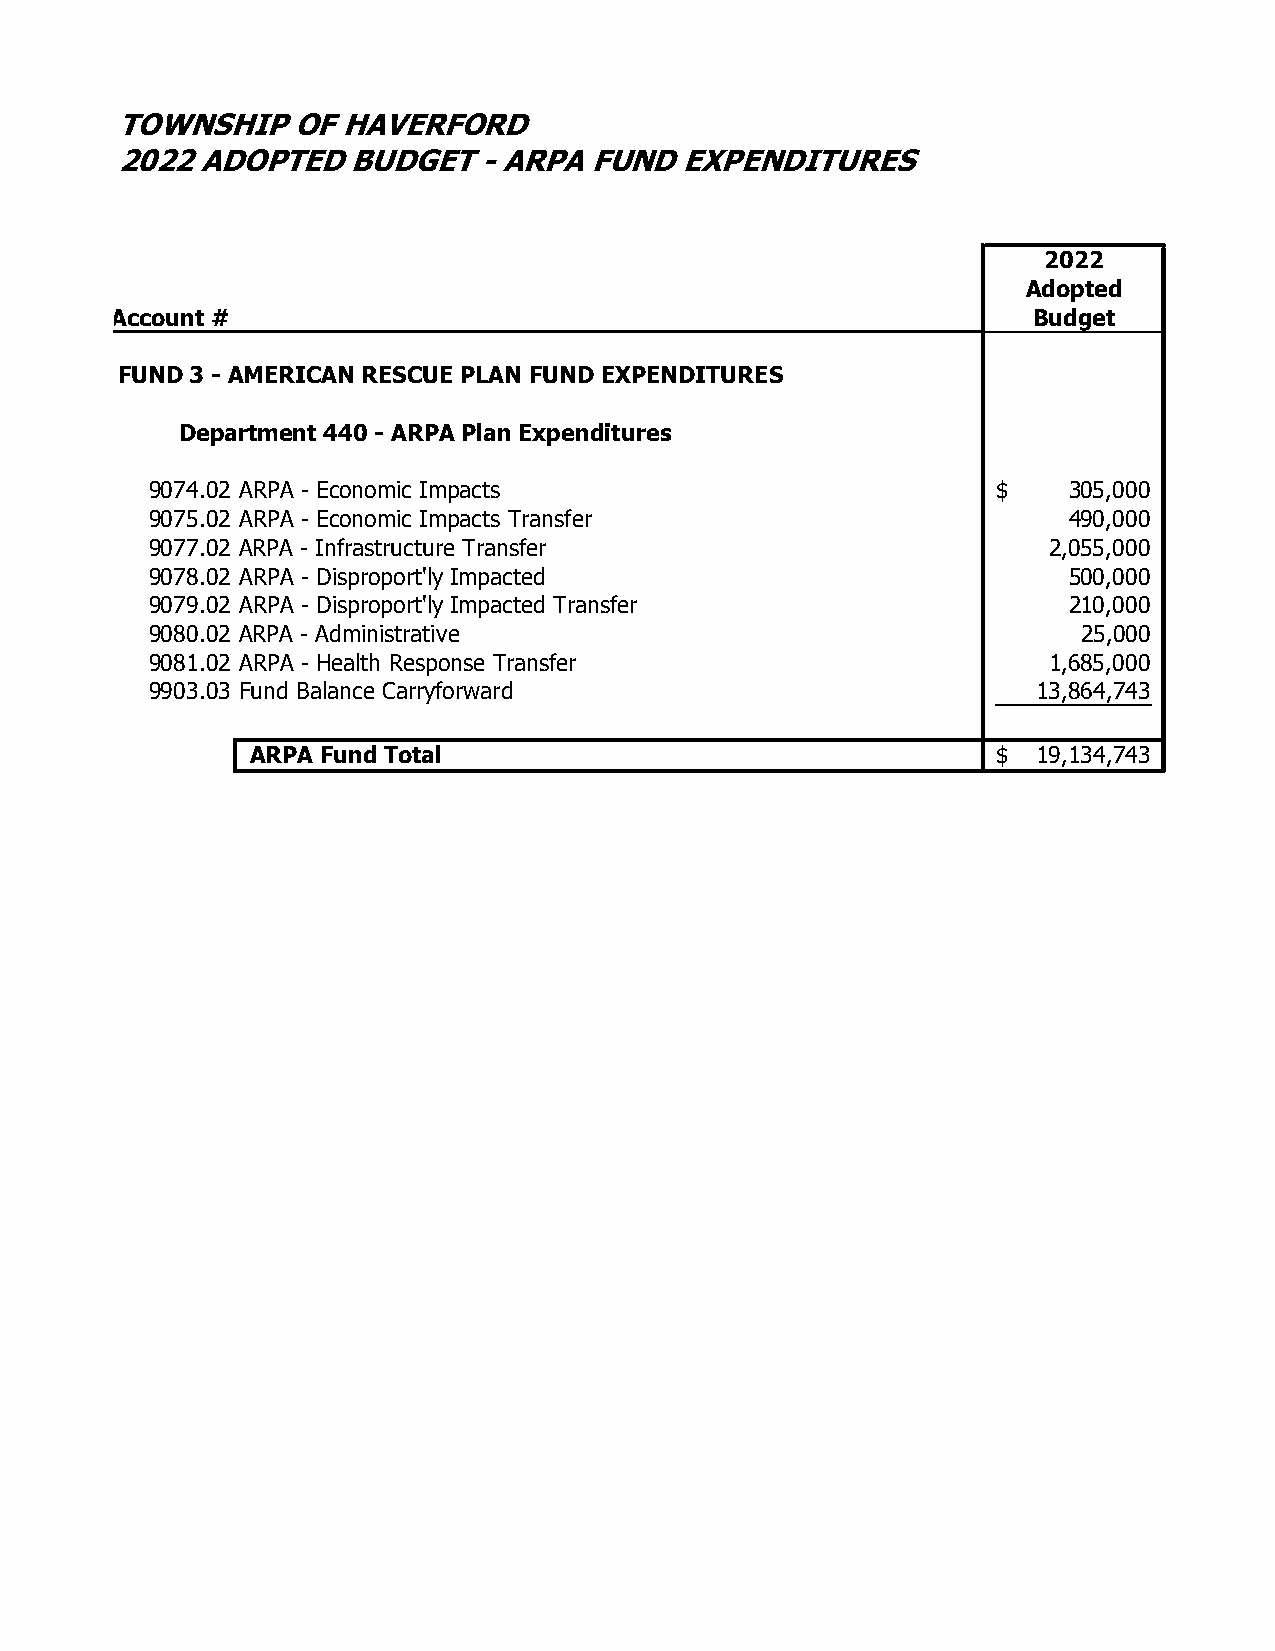
TOWNSHIP   OF  HAVERFORD
 2022 ADOPTED   BUDGET   - ARPA FUND  EXPENDITURES
 2022
 Adopted
 Account #                                                    Budget
 FUND 3 - AMERICAN RESCUE PLAN FUND EXPENDITURES
 Department 440 - ARPA Plan Expenditures
 9074.02 ARPA - Economic Impacts                         $    305,000
 9075.02 ARPA - Economic Impacts Transfer                     490,000
 9077.02 ARPA - Infrastructure Transfer                     2,055,000
 9078.02 ARPA - Disproport'ly Impacted                        500,000
 9079.02 ARPA - Disproport'ly Impacted Transfer               210,000
 9080.02 ARPA - Administrative                                 25,000
 9081.02 ARPA - Health Response Transfer                    1,685,000
 9903.03 Fund Balance Carryforward                          13,864,743
 ARPA Fund Total                                  $  19,134,743